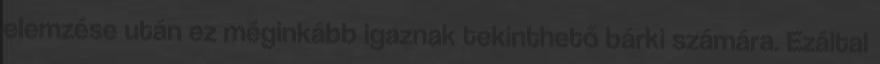
elemzése után ez méginkább igaznak tekinthető bárki számára. Ezáltal